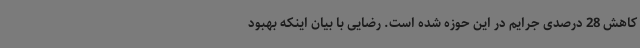
کاهش 28 درصدی جرایم در این حوزه شده است. رضایی با بیان اینکه بهبود